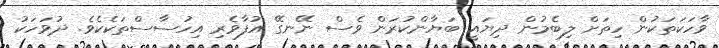
ވާހަކަތަކުން ހިތަށް ލިބެމުން ދިޔައީ ބަޔާންކުރަން ވެސް ނޭނގޭ އުފާވެރި އިހުސާސްތަކެކެވެ. ދުވަހަކު